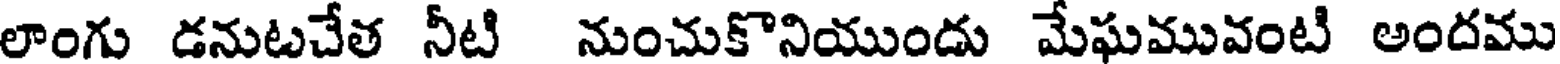
లాంగు డనుటచేత నీటి నుంచుకొనియుందు మేఘమువంటి అందము